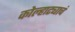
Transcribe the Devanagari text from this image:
कोल्हाट्याचं